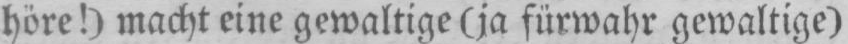
höre!) macht eine gewaltige (ja fürwahr gewaltige)